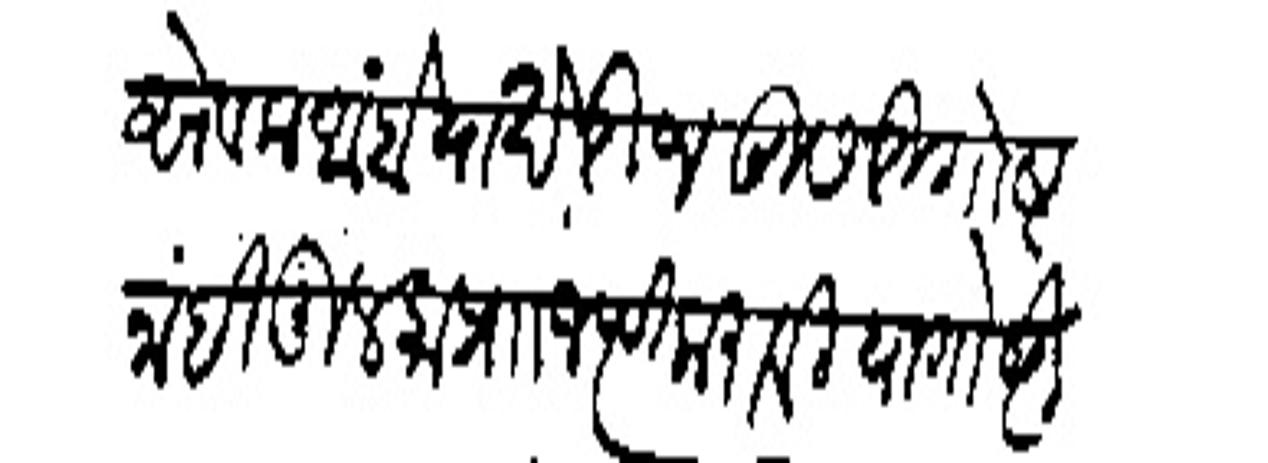
Transliteration (Devanagari): सेवक आहों या खेरीज दुसरी गोष्ट नांही मुलका प्राा जप्ती करावी या गोष्टी